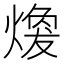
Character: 𤎈